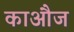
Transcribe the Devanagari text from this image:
काऔज